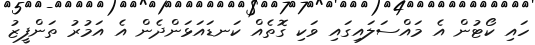
ހައި ކޯޓުން އެ މައްސަލައިގައި ވަކި ގޮތެއް ކަނޑައަޅަންދެން އެ އަމުރު ތަންފީޒު